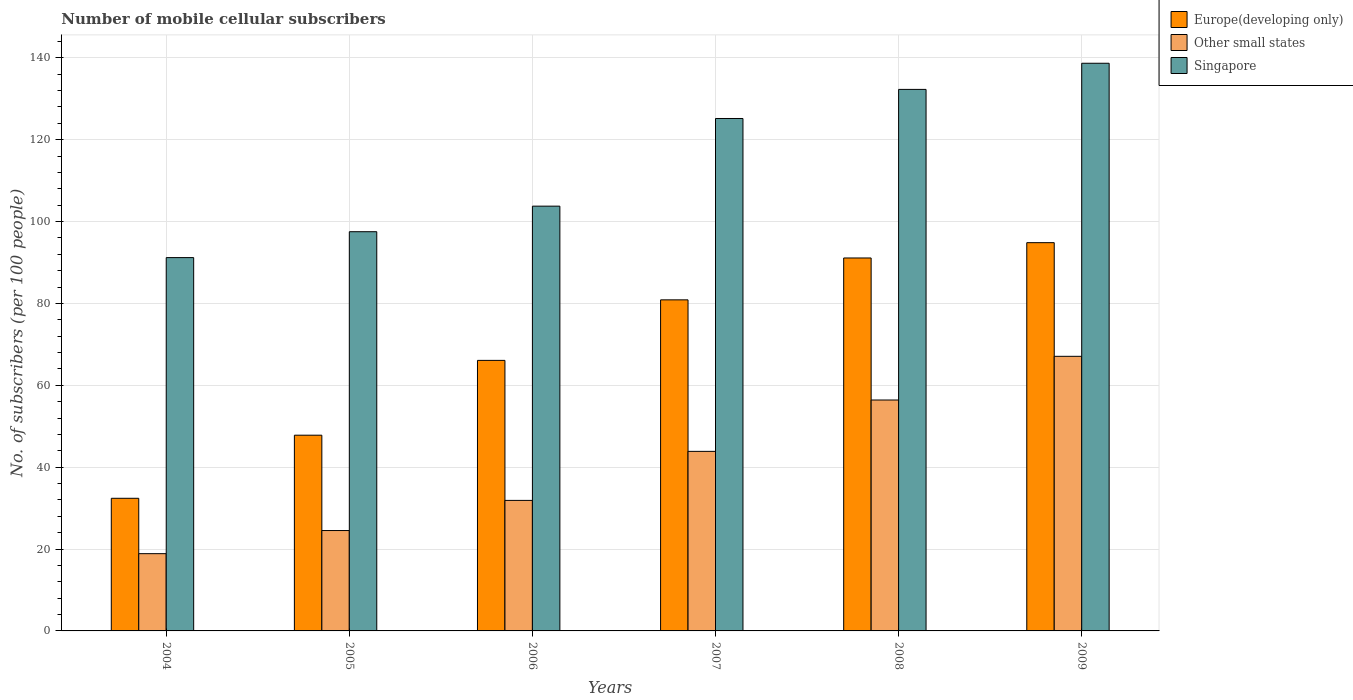
| Years | Europe(developing only) | Other small states | Singapore |
 | --- | --- | --- | --- |
 | 2004 | 32.4 | 18.9 | 91.2 |
 | 2005 | 47.8 | 24.5 | 97.5 |
 | 2006 | 66.1 | 31.9 | 104 |
 | 2007 | 80.9 | 43.9 | 125 |
 | 2008 | 91.1 | 56.4 | 132 |
 | 2009 | 94.9 | 67.1 | 139 |